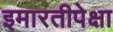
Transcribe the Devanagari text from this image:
इमारतीपेक्षा